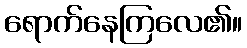
ရောက်နေကြလေ၏။